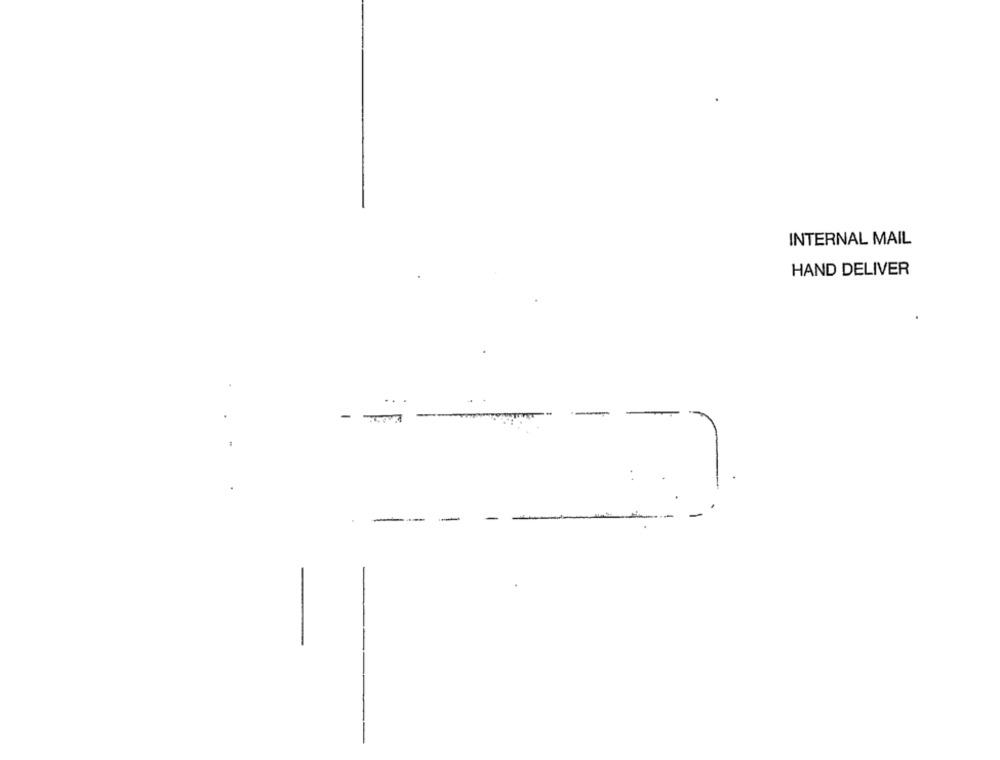
INTERNAL MAIL
HAND DELIVER
-
.-